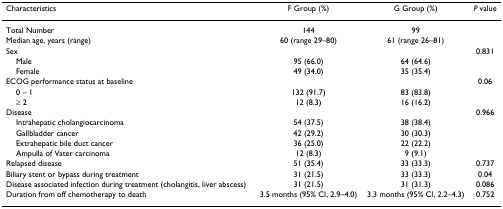
<table><thead><tr><td><b>Characteristics</b></td><td><b>F Group (%)</b></td><td><b>G Group (%)</b></td><td><b><i>P </i>value</b></td></tr></thead><tbody><tr><td>Total Number</td><td>144</td><td>99</td><td></td></tr><tr><td>Median age, years (range)</td><td>60 (range 29–80)</td><td>61 (range 26–81)</td><td></td></tr><tr><td>Sex</td><td></td><td></td><td>0.831</td></tr><tr><td> Male</td><td>95 (66.0)</td><td>64 (64.6)</td><td></td></tr><tr><td> Female</td><td>49 (34.0)</td><td>35 (35.4)</td><td></td></tr><tr><td>ECOG performance status at baseline</td><td></td><td></td><td>0.06</td></tr><tr><td> 0 – 1</td><td>132 (91.7)</td><td>83 (83.8)</td><td></td></tr><tr><td> ≥ 2</td><td>12 (8.3)</td><td>16 (16.2)</td><td></td></tr><tr><td>Disease</td><td></td><td></td><td>0.966</td></tr><tr><td> Intrahepatic cholangiocarcinoma</td><td>54 (37.5)</td><td>38 (38.4)</td><td></td></tr><tr><td> Gallbladder cancer</td><td>42 (29.2)</td><td>30 (30.3)</td><td></td></tr><tr><td> Extrahepatic bile duct cancer</td><td>36 (25.0)</td><td>22 (22.2)</td><td></td></tr><tr><td> Ampulla of Vater carcinoma</td><td>12 (8.3)</td><td>9 (9.1)</td><td></td></tr><tr><td>Relapsed disease</td><td>51 (35.4)</td><td>33 (33.3)</td><td>0.737</td></tr><tr><td>Biliary stent or bypass during treatment</td><td>31 (21.5)</td><td>33 (33.3)</td><td>0.04</td></tr><tr><td>Disease associated infection during treatment (cholangitis, liver abscess)</td><td>31 (21.5)</td><td>31 (31.3)</td><td>0.086</td></tr><tr><td>Duration from off chemotherapy to death</td><td>3.5 months (95% CI, 2.9–4.0)</td><td>3.3 months (95% CI, 2.2–4.3)</td><td>0.752</td></tr></tbody></table>